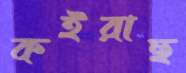
কইরাছ